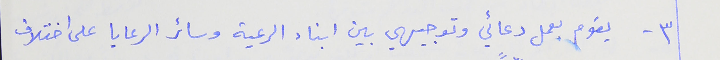
٣ - يقوم بعمل دعائي وتوجيهي بين ابناء الرعية وسائر الرعايا على اختلاف